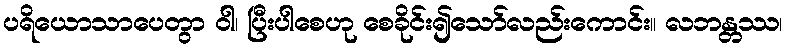
ပရိယောသာပေတွာ ဝါ၊ ပြီးပါစေဟု စေခိုင်း၍သော်လည်းကောင်း။ လဘန္တဿ၊